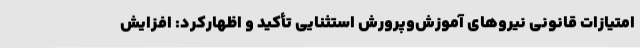
امتیازات قانونی نیروهای آموزش‌وپرورش استثنایی تأکید و اظهارکرد: افزایش